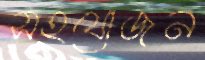
সহযোজন